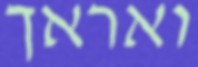
ואראך